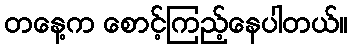
တနေ့က စောင့်ကြည့်နေပါတယ်။